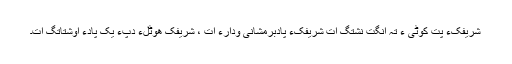
شریفکءِ پِت کوٹی ءِ تہ انگت نِشتگ اَت شریفکءِ پادبْرمشانی ودارءَ اَت ، شریفک ھوٹلءِ دپءَ یک پادءَ اوشتاتگ اَت۔